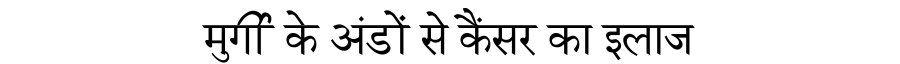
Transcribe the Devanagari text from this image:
मुर्गी के अंडों से कैंसर का इलाज